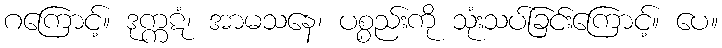
ဂကြောင့်။ ဒုက္ကဋံ၊ အာမသနေ၊ ပစ္စည်းကို သုံးသပ်ခြင်းကြောင့်။ ပေ။